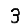
Digit: 3